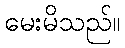
မေးမိသည်။